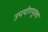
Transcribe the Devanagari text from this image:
उपयोगयुक्त